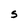
Character: S